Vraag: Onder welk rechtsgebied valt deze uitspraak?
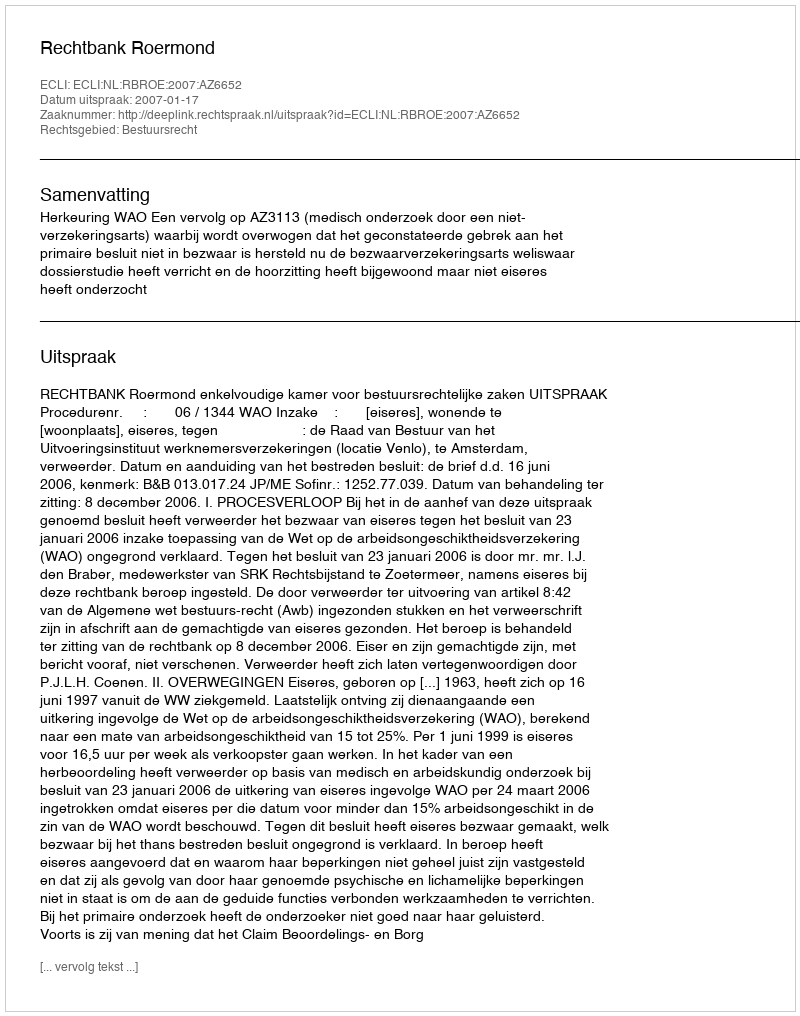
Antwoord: Bestuursrecht